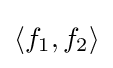
\langle f_{1},f_{2}\rangle